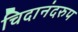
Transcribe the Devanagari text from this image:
चिदानंदरुप